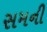
સમની